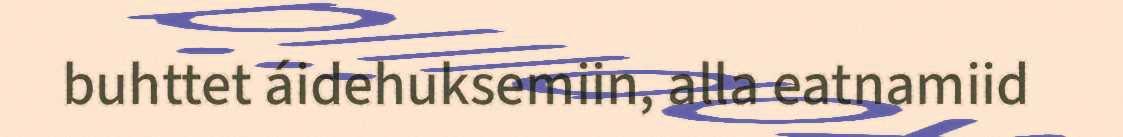
buhttet áidehuksemiin, alla eatnamiid